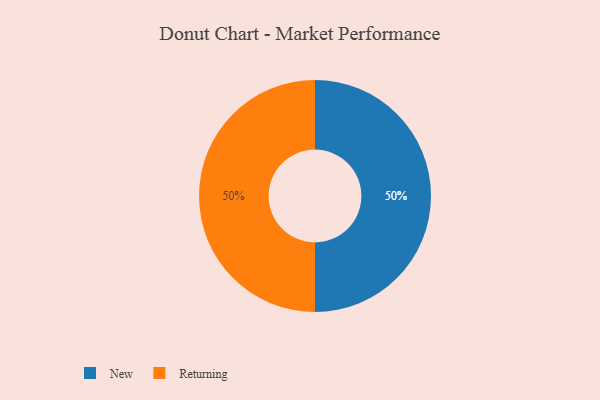
{"axis": {"x": "Category", "y": "Percentage"}, "legend": ["New", "Returning"], "data": [{"x": "New", "y": 50, "type": "New"}, {"x": "Returning", "y": 50, "type": "Returning"}]}